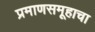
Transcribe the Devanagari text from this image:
प्रमाणसमूहाचा